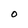
Character: O